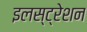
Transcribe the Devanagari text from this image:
इलस्ट्रेशन